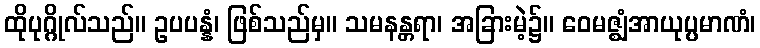
ထိုပုဂ္ဂိုလ်သည်။ ဥပပန္နံ၊ ဖြစ်သည်မှ။ သမနန္တရာ၊ အခြားမဲ့၌။ ဝေမဇ္ဈံအာယုပ္ပမာဏံ၊